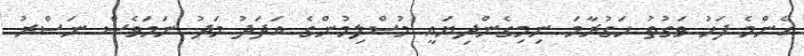
އެންމެ ފަހު ވަގުތު ހަގުރާމަ ނިމިގެންދިޔައީ މުސްލިމުންގެ އަދަދު މަދު ނަމަވެސް ނަޞްރު